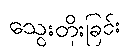
သွေးတိုးခြင်း